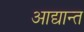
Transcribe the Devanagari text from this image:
आद्यान्त